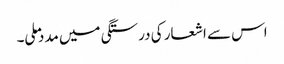
اس سے اشعار کی درستگی میں مدد ملی۔